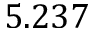
5 . 2 3 7